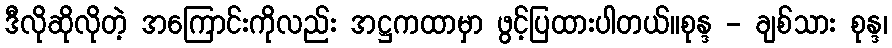
ဒီလိုဆိုလိုတဲ့ အကြောင်းကိုလည်း အဋ္ဌကထာမှာ ဖွင့်ပြထားပါတယ်။စုန္ဒ - ချစ်သား စုန္ဒ၊